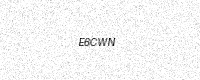
Text: E6CWN